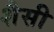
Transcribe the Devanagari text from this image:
शैसी